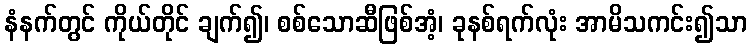
နံနက်တွင် ကိုယ်တိုင် ချက်၍၊ စစ်သောဆီဖြစ်အံ့၊ ခုနစ်ရက်လုံး အာမိသကင်း၍သာ